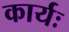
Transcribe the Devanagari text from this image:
कार्यः